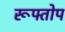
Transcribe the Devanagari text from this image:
रूफ्तोप